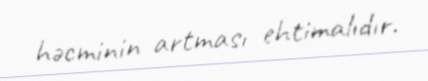
həcminin artması ehtimalıdır.